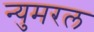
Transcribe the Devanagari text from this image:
न्युमरल